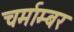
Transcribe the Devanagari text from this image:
चर्माम्बर